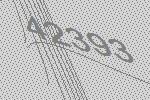
42393